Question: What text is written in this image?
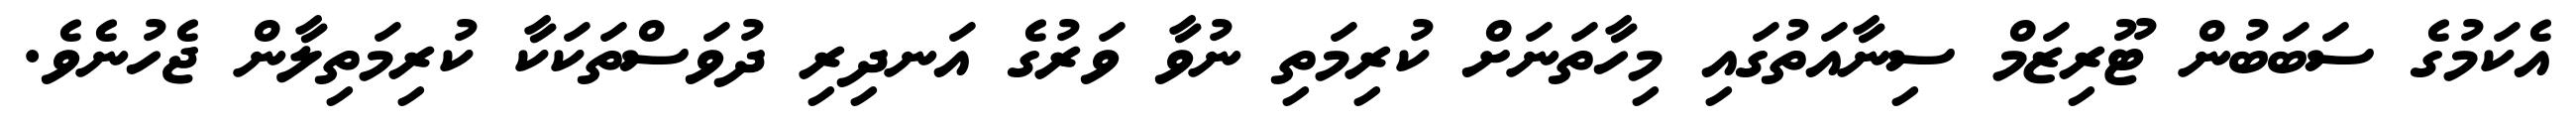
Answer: އެކަމުގެ ސަބަބުން ޓޫރިޒަމް ސިނާއަތުގައި މިހާތަނަށް ކުރިމަތި ނުވާ ވަރުގެ އަނދިރި ދުވަސްތަކަކާ ކުރިމަތިލާން ޖެހުނެވެ.